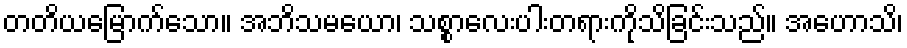
တတိယမြောက်သော။ အဘိသမယော၊ သစ္စာလေးပါးတရားကိုသိခြင်းသည်။ အဟောသိ၊